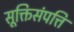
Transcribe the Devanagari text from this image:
सूक्तिसंपत्ति